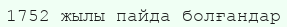
1752 жылы пайда болғандар